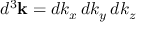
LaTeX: d ^ { 3 } \mathbf { k } = d k _ { x } \, d k _ { y } \, d k _ { z }